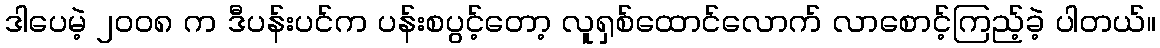
ဒါပေမဲ့ ၂၀၀၈ က ဒီပန်းပင်က ပန်းစပွင့်တော့ လူရှစ်ထောင်လောက် လာစောင့်ကြည့်ခဲ့ ပါတယ်။